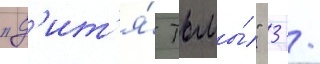
"д'ит'я́ тьмы́" 3 /